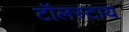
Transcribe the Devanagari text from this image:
टॉलस्टाय